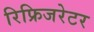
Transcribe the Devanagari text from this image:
रिफ्रिजरेटर